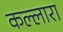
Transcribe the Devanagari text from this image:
कल्लारा